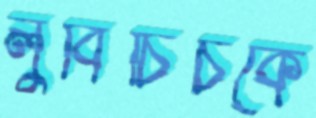
লুবিচিচকে